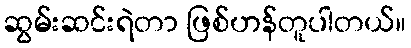
ဆွမ်းဆင်းရဲတာ ဖြစ်ဟန်တူပါတယ်။